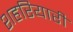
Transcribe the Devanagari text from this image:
शहरियारी